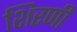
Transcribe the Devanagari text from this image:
शिरणी